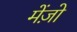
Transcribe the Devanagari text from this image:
मेंज़ो